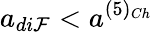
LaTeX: a_{di\mathcal{F}}<a^{(5)_{Ch}}